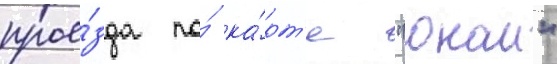
прое́зда по́ ка́рт'е "онаи"